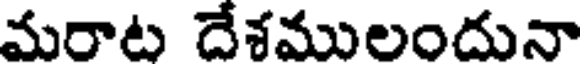
మరాట దేశములందునా